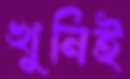
খুনিই